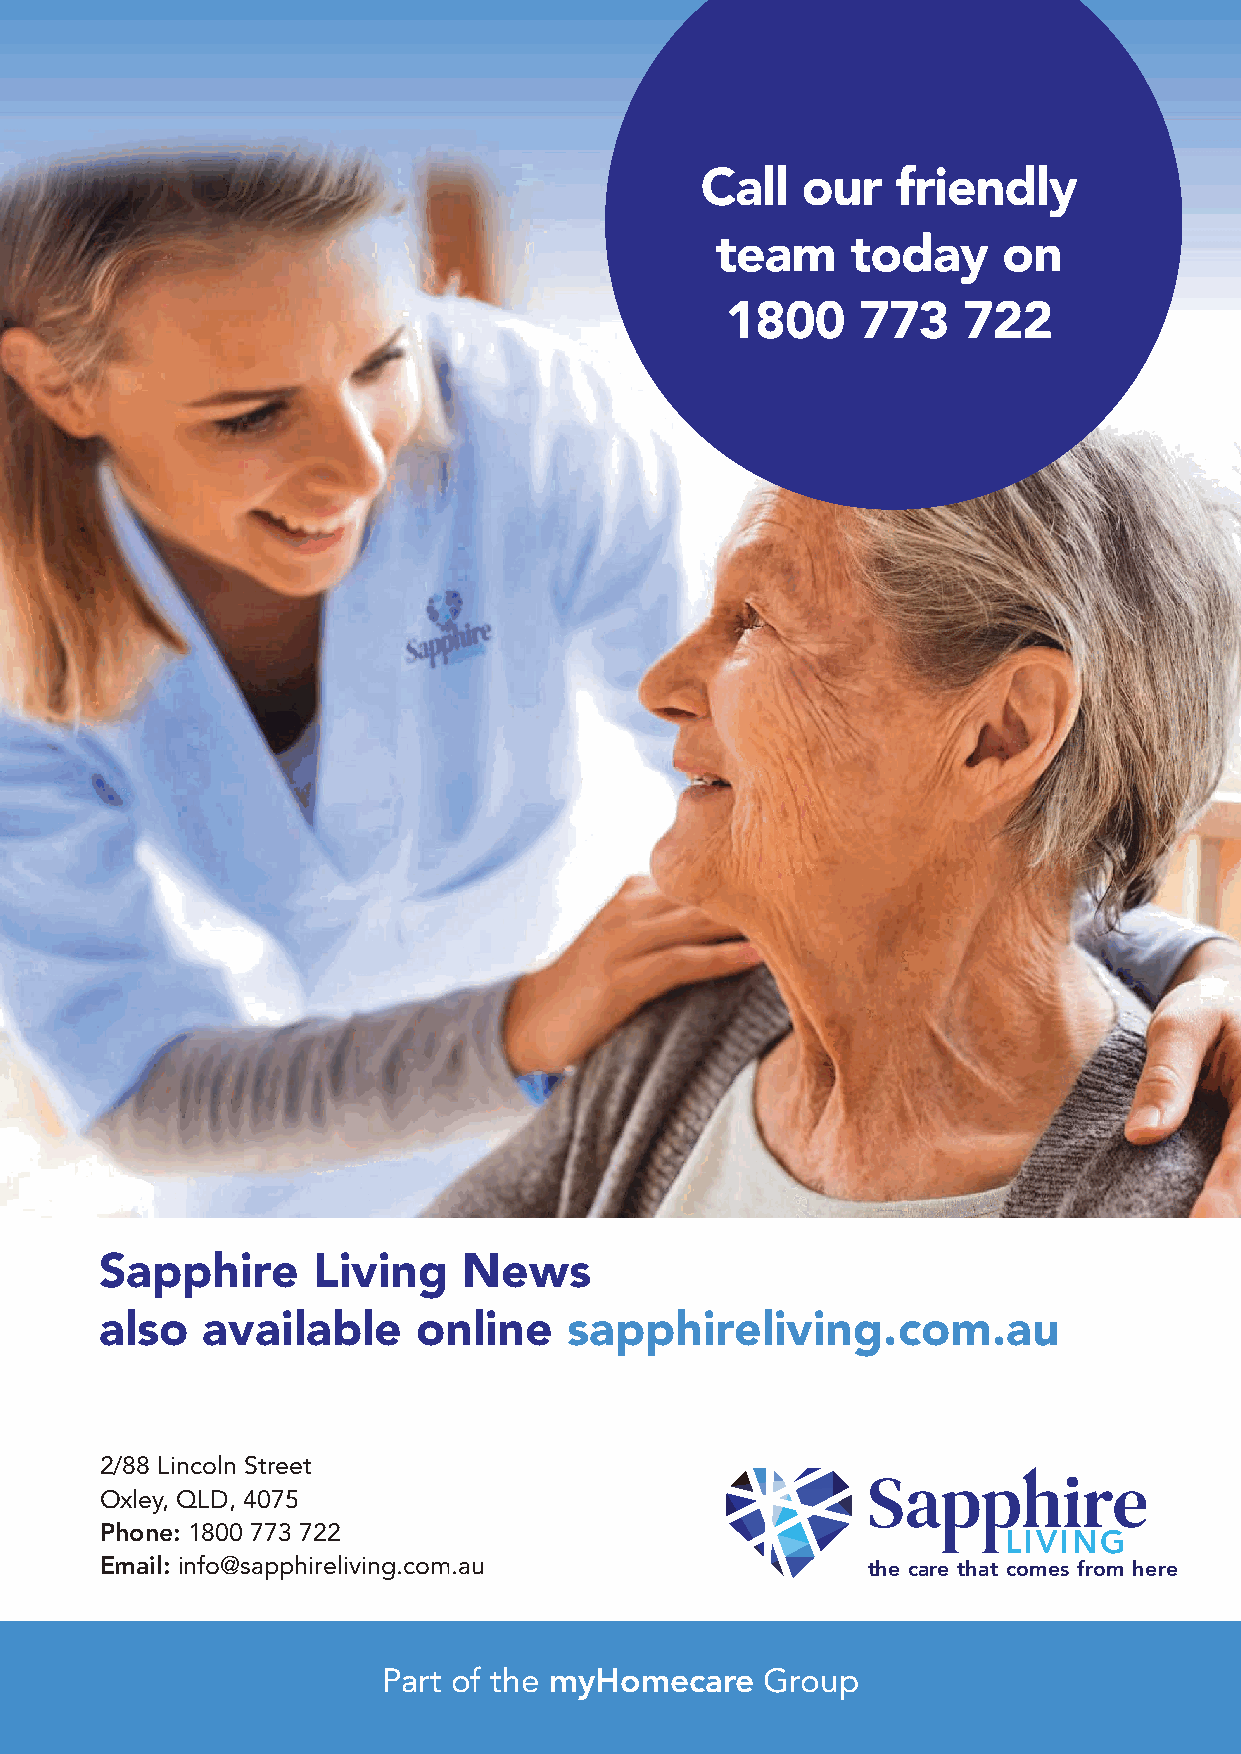
Call   our   friendly
 team     today     on
 1800     773    722
 Sapphire      Living    News
 also  available      online    sapphireliving.com.au
 2/88 Lincoln Street
 Oxley, QLD, 4075
 Phone: 1800 773 722
 LIVING
 Email: info@sapphireliving.com.au                 the care that comes from here
 Part of the myHomecare    Group